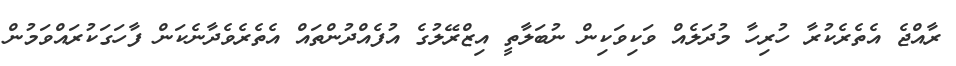
ރާއްޖެ އެތެރެކުރާ ހުރިހާ މުދަލެއް ވަކިވަކިން ނުބަލާތީ އިޒްރޭލުގެ އުފެއްދުންތައް އެތެރެވެދާނެކަން ފާހަގަކުރައްވަމުން